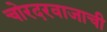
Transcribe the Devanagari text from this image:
चोरदरवाजाची